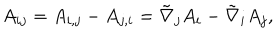
LaTeX: A _ { i j } = A _ { i , j } - A _ { j , i } = \tilde { \nabla } _ { j } A _ { i } - \tilde { \nabla } _ { i } A _ { j } ,